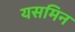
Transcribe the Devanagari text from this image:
यसमिन